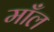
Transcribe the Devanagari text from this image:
माँल